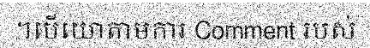
។បើយោតាមការ Comment របស់